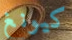
كيونغ